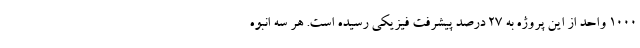
۱۰۰۰ واحد از این پروژه به ۲۷ درصد پیشرفت فیزیکی رسیده است. هر سه انبوه